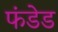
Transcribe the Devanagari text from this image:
फंडेड